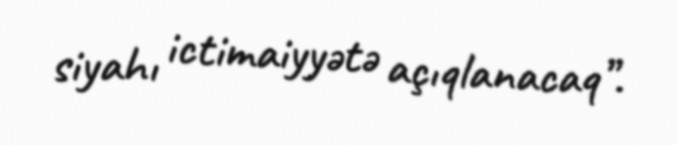
siyahı ictimaiyyətə açıqlanacaq”.